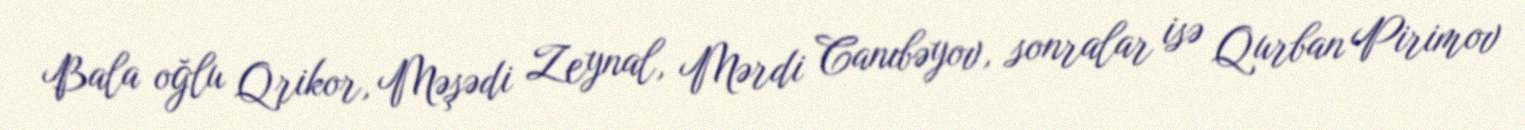
Bala oğlu Qrikor, Məşədi Zeynal, Mərdi Canıbəyov, sonralar isə Qurban Pirimov